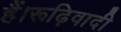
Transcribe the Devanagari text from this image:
हैं।रूढ़िवादी